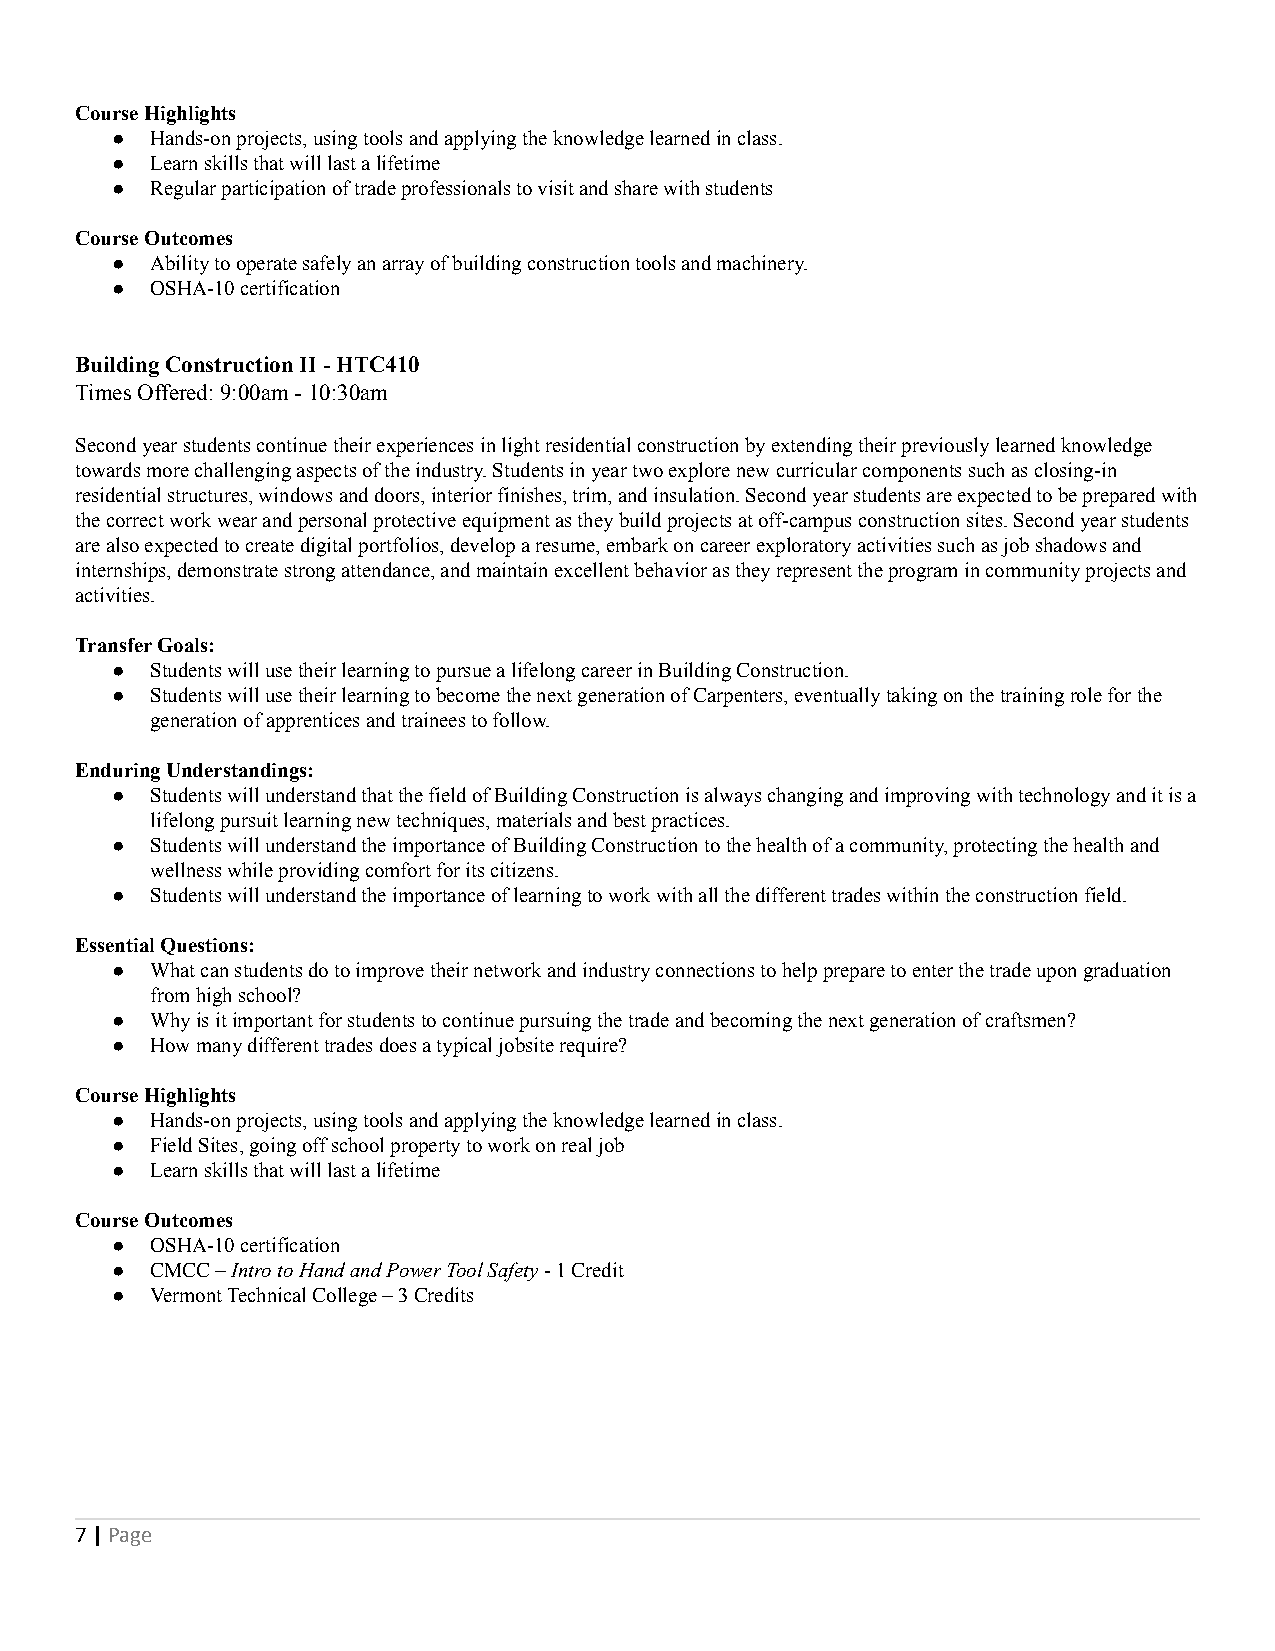
Course Highlights
 ●  Hands-on projects, using tools and applying the knowledge learned in class.
 ●  Learn skills that will last a lifetime
 ●  Regular participation of trade professionals to visit and share with students
 Course Outcomes
 ●  Ability to operate safely an array of building construction tools and machinery.
 ●  OSHA-10 certification
 Building Construction II - HTC410
 Times Offered: 9:00am - 10:30am
 Second year students continue their experiences in light residential construction by extending their previously learned knowledge
 towards more challenging aspects of the industry. Students in year two explore new curricular components such as closing-in
 residential structures, windows and doors, interior finishes, trim, and insulation. Second year students are expected to be prepared with
 the correct work wear and personal protective equipment as they build projects at off-campus construction sites. Second year students
 are also expected to create digital portfolios, develop a resume, embark on career exploratory activities such as job shadows and
 internships, demonstrate strong attendance, and maintain excellent behavior as they represent the program in community projects and
 activities.
 Transfer Goals:
 ●  Students will use their learning to pursue a lifelong career in Building Construction.
 ●  Students will use their learning to become the next generation of Carpenters, eventually taking on the training role for the
 generation of apprentices and trainees to follow.
 Enduring Understandings:
 ●  Students will understand that the field of Building Construction is always changing and improving with technology and it is a
 lifelong pursuit learning new techniques, materials and best practices.
 ●  Students will understand the importance of Building Construction to the health of a community, protecting the health and
 wellness while providing comfort for its citizens.
 ●  Students will understand the importance of learning to work with all the different trades within the construction field.
 Essential Questions:
 ●  What can students do to improve their network and industry connections to help prepare to enter the trade upon graduation
 from high school?
 ●  Why is it important for students to continue pursuing the trade and becoming the next generation of craftsmen?
 ●  How many different trades does a typical jobsite require?
 Course Highlights
 ●  Hands-on projects, using tools and applying the knowledge learned in class.
 ●  Field Sites, going off school property to work on real job
 ●  Learn skills that will last a lifetime
 Course Outcomes
 ●  OSHA-10 certification
 ●  CMCC –Intro to Hand and Power Tool Safety- 1 Credit
 ●  Vermont Technical College – 3 Credits
 7|Page